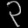
Digit: ၃